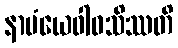
နာမံယေဝါဝသိဿတိ